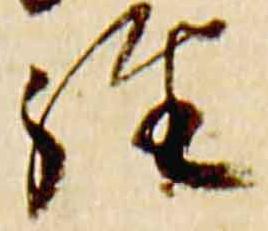
経